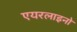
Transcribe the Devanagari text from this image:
एयरलाइनो